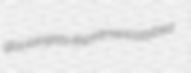
glaciologists dispiritment lazybed